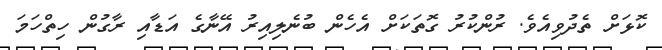
ކޮޅަށް ތެދުވިއެވެ. ރުންކުރު ގޮތަކަށް އެހެން ބުނެލިއިރު އޭނާގެ އަޑާއި ރާގުން ހިތްހަމަ